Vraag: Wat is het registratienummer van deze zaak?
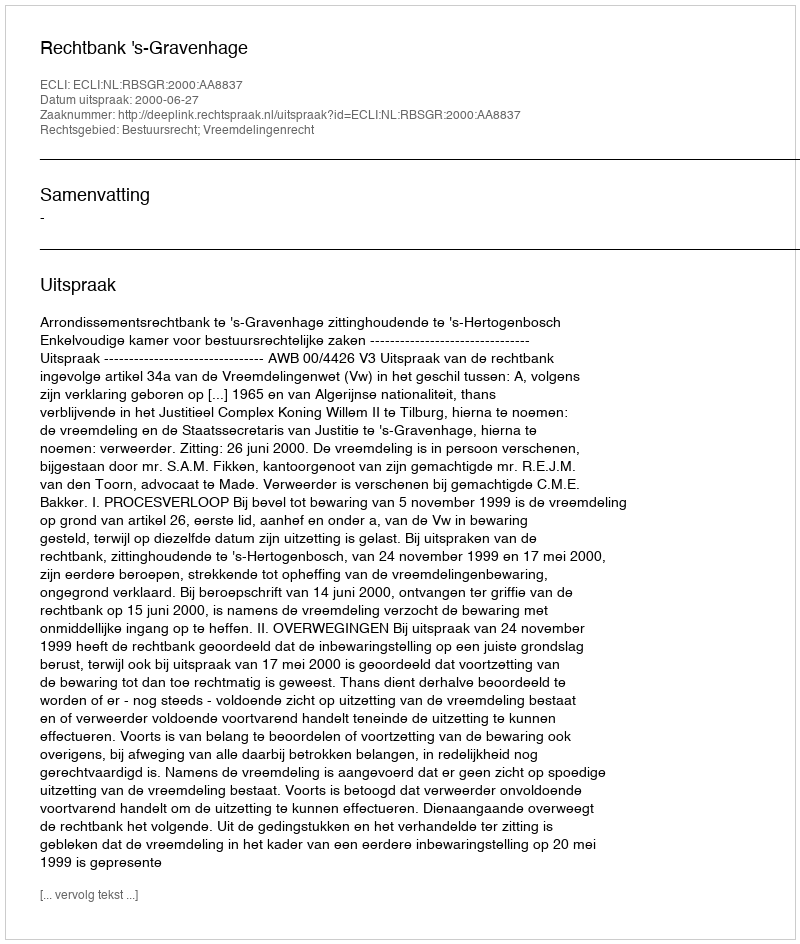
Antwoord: http://deeplink.rechtspraak.nl/uitspraak?id=ECLI:NL:RBSGR:2000:AA8837